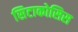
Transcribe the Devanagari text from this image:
सिटाकोसिस